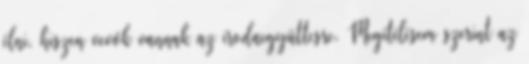
élni, hiszen vevők vannak az irodaegyüttesre. Megítélésem szerint az